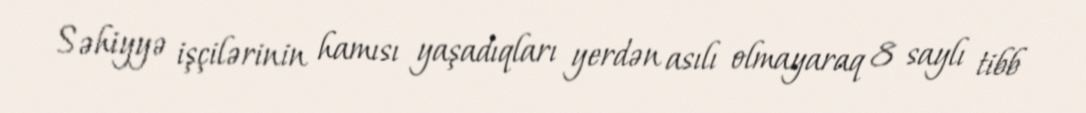
Səhiyyə işçilərinin hamısı yaşadıqları yerdən asılı olmayaraq 8 saylı tibb